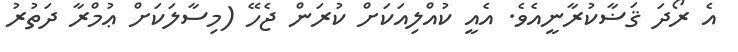
އެ ރޯދަ ޤަޟާކުރާނީއެވެ. އެއީ ކުއްލިއަކަށް ކުރަން ޖެހޭ (މިސާލަކަށް ޢުމްރާ ދަތުރު